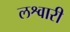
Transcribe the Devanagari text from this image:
लश्वारी